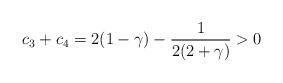
LaTeX: \begin{align*} c_3+c_4=2(1-\gamma)-\frac{1}{2(2+\gamma)}>0\end{align*}